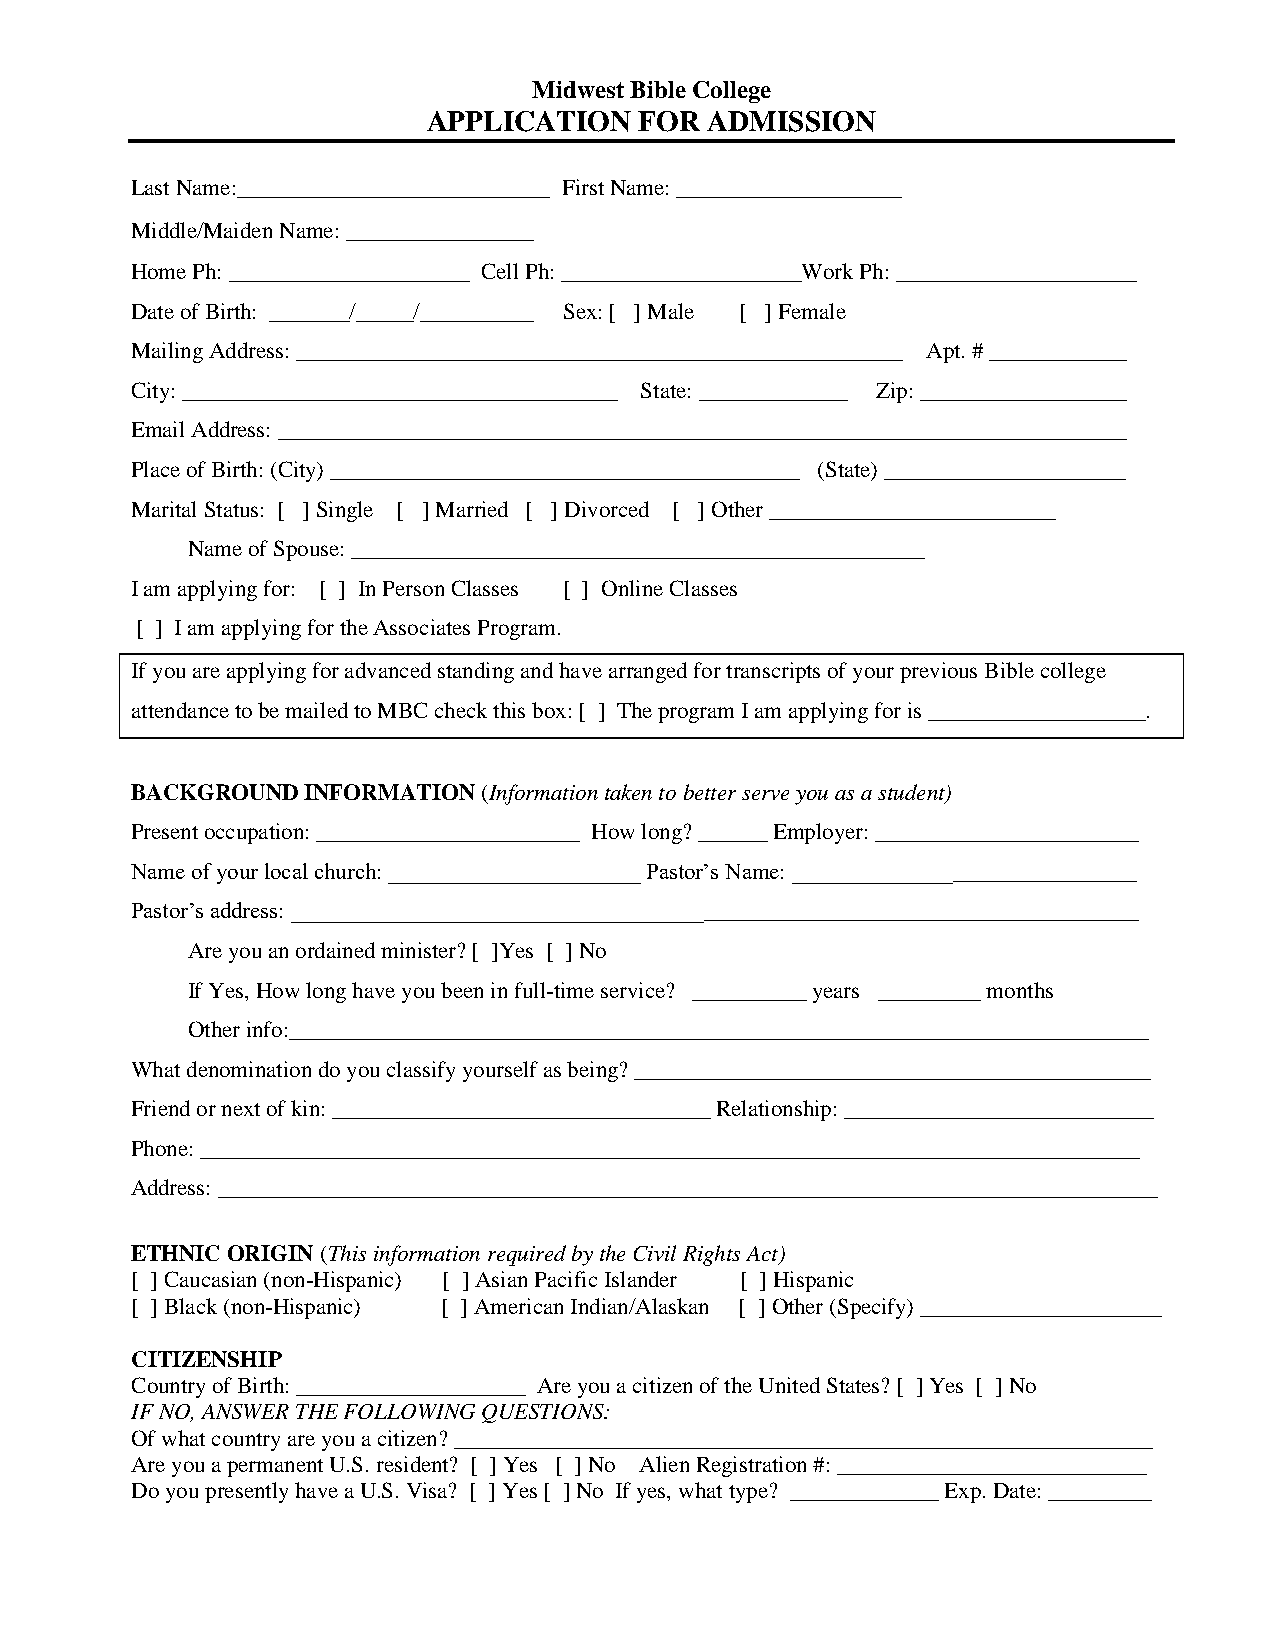
Midwest Bible College
 APPLICATION   FOR  ADMISSION
 Last Name:_________________________ First Name: __________________
 Middle/Maiden Name: _______________
 Home Ph: _____________________ Cell Ph: _____________________Work Ph: _____________________
 Date of Birth: _______/_____/__________ Sex: [ ] Male [ ] Female
 Mailing Address: _____________________________________________________ Apt. # ____________
 City: ______________________________________ State: _____________ Zip: __________________
 Email Address: __________________________________________________________________________
 Place of Birth: (City) _________________________________________ (State) _____________________
 Marital Status: [ ] Single [ ] Married [ ] Divorced [ ] Other _________________________
 Name of Spouse: __________________________________________________
 I am applying for: [ ] In Person Classes [ ] Online Classes
 [ ] I am applying for the Associates Program.
 If you are applying for advanced standing and have arranged for transcripts of your previous Bible college
 attendance to be mailed to MBC check this box: [ ] The program I am applying for is ___________________.
 BACKGROUND INFORMATION (Information taken to better serve you as a student)
 Present occupation: _______________________ How long? ______ Employer: _______________________
 Name of your local church: ______________________ Pastor’s Name: ______________________________
 Pastor’s address: __________________________________________________________________________
 Are you an ordained minister? [ ]Yes [ ] No
 If Yes, How long have you been in full-time service? __________ years _________ months
 Other info:___________________________________________________________________________
 What denomination do you classify yourself as being? _____________________________________________
 Friend or next of kin: _________________________________ Relationship: ___________________________
 Phone: __________________________________________________________________________________
 Address: __________________________________________________________________________________
 ETHNIC ORIGIN (This information required by the Civil Rights Act)
 [ ] Caucasian (non-Hispanic) [ ] Asian Pacific Islander [ ] Hispanic
 [ ] Black (non-Hispanic) [ ] American Indian/Alaskan [ ] Other (Specify) _____________________
 CITIZENSHIP
 Country of Birth: ____________________ Are you a citizen of the United States? [ ] Yes [ ] No
 IF NO, ANSWER THE FOLLOWING QUESTIONS:
 Of what country are you a citizen? _____________________________________________________________
 Are you a permanent U.S. resident? [ ] Yes [ ] No Alien Registration #: ___________________________
 Do you presently have a U.S. Visa? [ ] Yes [ ] No If yes, what type? _____________ Exp. Date: _________